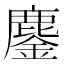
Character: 鏖